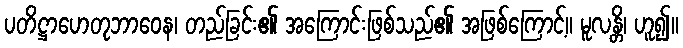
ပတိဋ္ဌာဟေတုဘာဝေန၊ တည်ခြင်း၏ အကြောင်းဖြစ်သည်၏ အဖြစ်ကြောင့်။ မူလန္တိ၊ ဟူ၍။